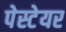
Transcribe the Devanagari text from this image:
पेस्टेयर